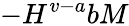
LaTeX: -H^{v-a}bM